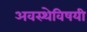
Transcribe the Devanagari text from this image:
अवस्थेविषयी